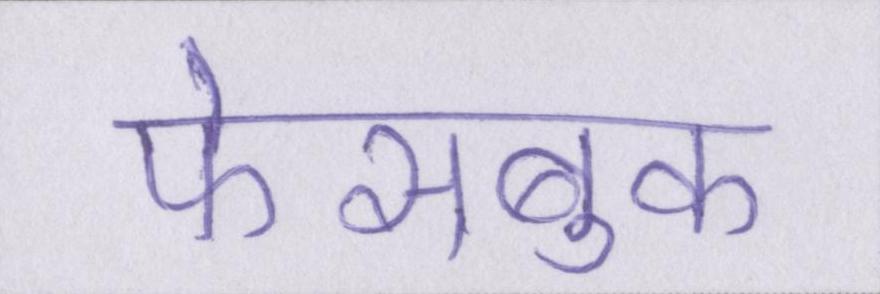
फेसबुक